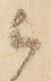
被